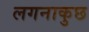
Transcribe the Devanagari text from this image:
लगनाकुछ